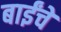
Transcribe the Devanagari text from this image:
बाईंचे